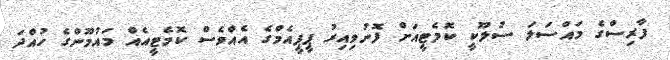
ފާރިސްގެ މައްސަލަ ސުލޫކީ ކޮމެޓީއަށް ފޮނުވިއިރު ޕީޕީއެމްގެ އެއްވެސް ކޮމެޓީއެއް މައުމޫންގެ ހުއްދަ